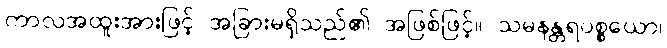
ကာလအထူးအားဖြင့် အခြားမရှိသည်၏ အဖြစ်ဖြင့်။ သမနန္တရပစ္စယော၊